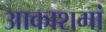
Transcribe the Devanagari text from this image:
आकाशमां